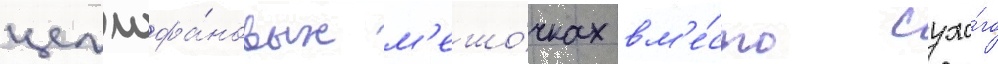
целлофа́новых м'ешо́чках вм'е́сто сухо́го